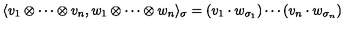
\langle v _ { 1 } \otimes \cdots \otimes v _ { n } , w _ { 1 } \otimes \cdots \otimes w _ { n } \rangle _ { \sigma } = ( v _ { 1 } \cdot w _ { \sigma _ { 1 } } ) \cdots ( v _ { n } \cdot w _ { \sigma _ { n } } )